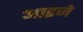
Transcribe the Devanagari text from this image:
आइजे